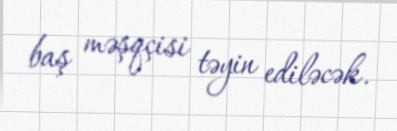
baş məşqçisi təyin ediləcək.